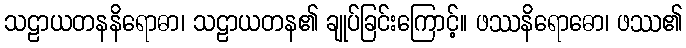
သဠာယတနနိရောဓာ၊ သဠာယတန၏ ချုပ်ခြင်းကြောင့်။ ဖဿနိရောဓော၊ ဖဿ၏